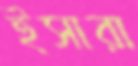
ইসারা